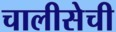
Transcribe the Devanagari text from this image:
चालीसेची